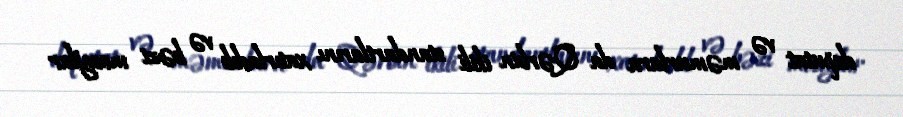
deputat və məmurlara da Qərbin ikili standartlarını xatırladıb və bəzi mesajlar